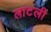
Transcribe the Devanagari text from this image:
लाटली